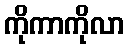
ကိုကာကိုလာ